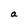
Character: a